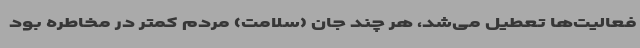
فعالیت‌ها تعطیل می‌شد، هر چند جان (سلامت) مردم کمتر در مخاطره بود